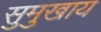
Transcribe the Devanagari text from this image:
सुमुखाय